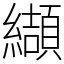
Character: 纈